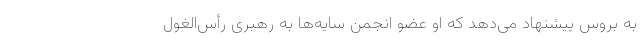
به بروس پیشنهاد می‌دهد که او عضو انجمن سایه‌ها به رهبری رأس‌الغول